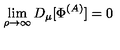
\lim _ { \rho \to \infty } D _ { \mu } [ \Phi ^ { ( A ) } ] = 0